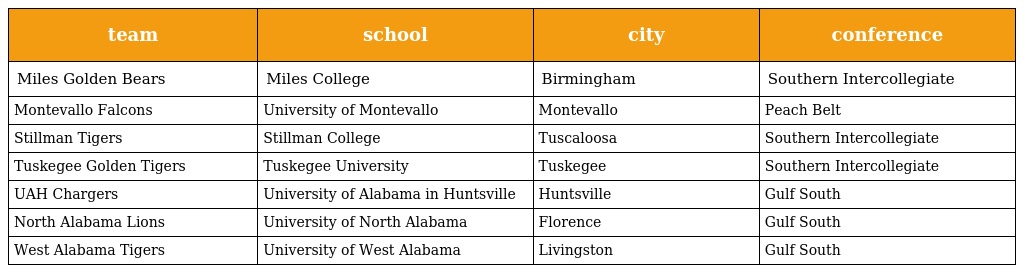
| team | school | city | conference |
 | --- | --- | --- | --- |
 | Miles Golden Bears | Miles College | Birmingham | Southern Intercollegiate |
 | Montevallo Falcons | University of Montevallo | Montevallo | Peach Belt |
 | Stillman Tigers | Stillman College | Tuscaloosa | Southern Intercollegiate |
 | Tuskegee Golden Tigers | Tuskegee University | Tuskegee | Southern Intercollegiate |
 | UAH Chargers | University of Alabama in Huntsville | Huntsville | Gulf South |
 | North Alabama Lions | University of North Alabama | Florence | Gulf South |
 | West Alabama Tigers | University of West Alabama | Livingston | Gulf South |